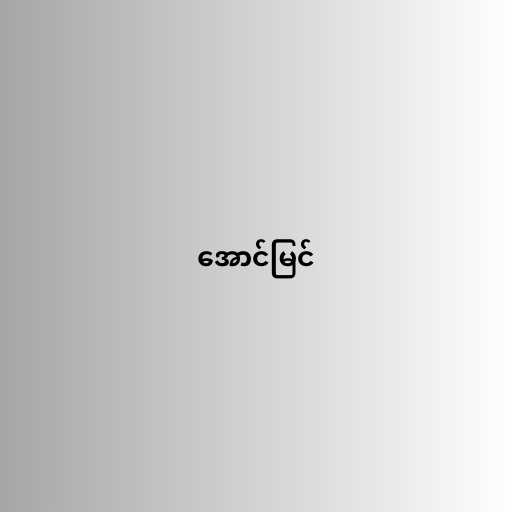
အောင်မြင်